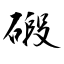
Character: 碫